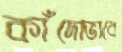
কাঁদোভাবে